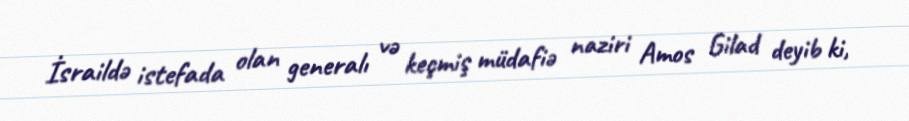
İsraildə istefada olan generalı və keçmiş müdafiə naziri Amos Gilad deyib ki,